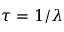
\tau = 1 / \lambda